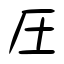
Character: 圧